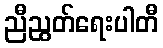
ညီညွတ်ရေးပါတီ